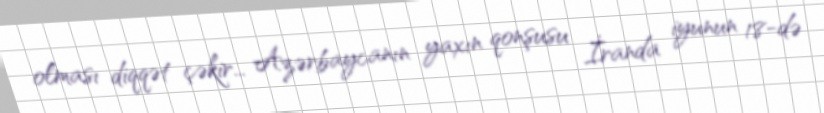
olması diqqət çəkir... Azərbaycanın yaxın qonşusu İranda iyunun 18-də